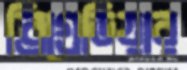
ব্রিগ্রেডিয়ার